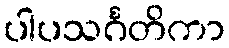
ပါပသင်္ဂတိကာ